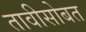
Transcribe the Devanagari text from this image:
तावीसोबत